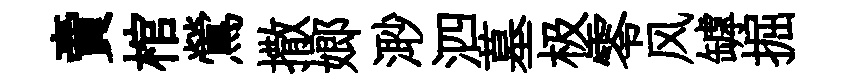
賣棺鶯撒嫏𣺌泗墓极零风罅掘